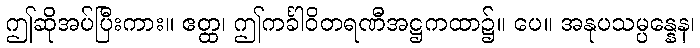
ဤဆိုအပ်ပြီးကား။ ဧတ္ထ၊ ဤကင်္ခါဝိတရဏီအဋ္ဌကထာ၌။ ပေ။ အနုပသမ္ပန္နေန၊